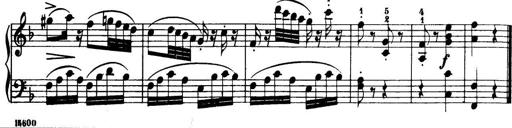
Title: 32 Sonatinas and Rondos for the Piano
Composer: Richard Kleinmichel